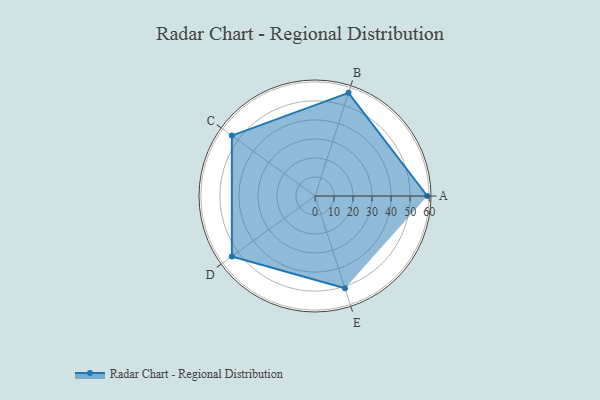
{"axis": {"x": "Skill", "y": "Score"}, "legend": ["Profile"], "data": [{"x": "A", "y": 59.0, "type": "Profile"}, {"x": "B", "y": 57.0, "type": "Profile"}, {"x": "C", "y": 54.0, "type": "Profile"}, {"x": "D", "y": 54.0, "type": "Profile"}, {"x": "E", "y": 51.0, "type": "Profile"}]}